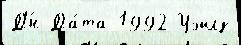
Д'́н Да́та 1992 Уэйлз